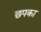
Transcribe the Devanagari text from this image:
छपका